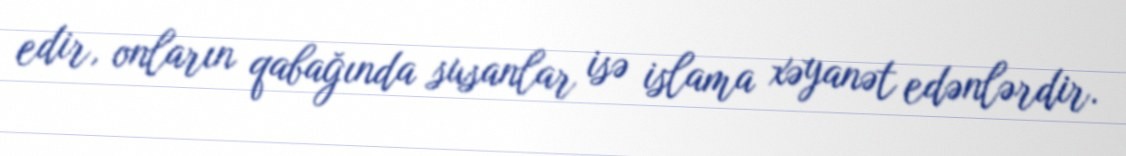
edir, onların qabağında susanlar isə islama xəyanət edənlərdir.